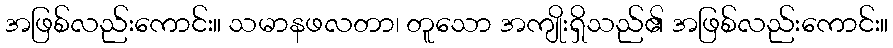
အဖြစ်လည်းကောင်း။ သမာနဖလတာ၊ တူသော အကျိုးရှိသည်၏ အဖြစ်လည်းကောင်း။